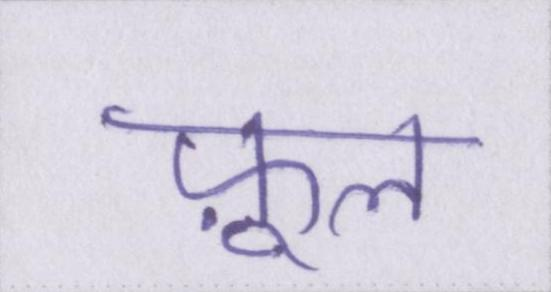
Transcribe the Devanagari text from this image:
फ़ूल